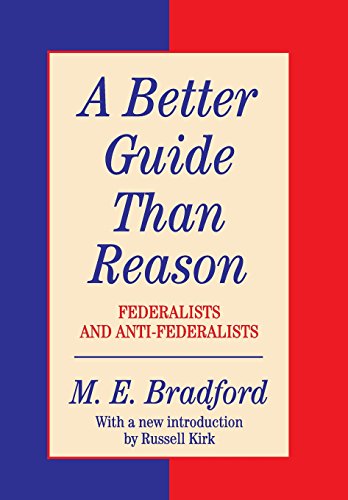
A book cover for A Better Guide Than Reason: Federalists and Anti-Federalists (Library of Conservative Thought); M.E. Bradford; Medical Books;